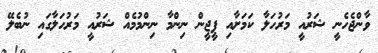
ވާންޖެހެނީ ޝަރުއީ މަރުހަލާ ކަމަށާއި ޕީޖީން ނިންމާ ނިންމުމެއް ޝަރުއީ މަރުހަލާގައި ނުބެލޭ